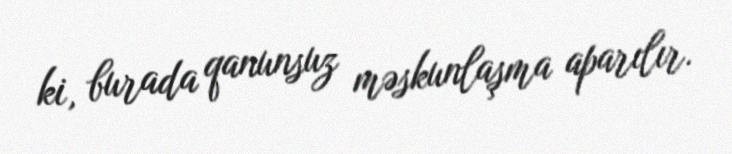
ki, burada qanunsuz məskunlaşma aparılır.